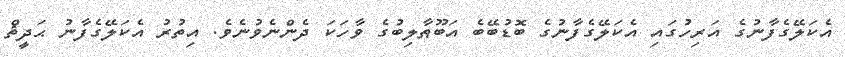
އެކަލޭގެފާނުގެ އަރިހުގައި އެކަލޭގެފާނުގެ ބޮޑުބޭބެ އަބޫޠާލިބުގެ ވާހަކަ ދެންނެވުނެވެ. އިތުރު އެކަލޭގެފާނު ޙަދީޘް